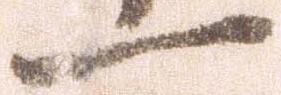
一